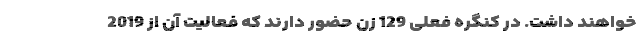
خواهند داشت. در کنگره فعلی 129 زن حضور دارند که فعالیت آن از 2019